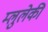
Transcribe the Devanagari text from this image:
म्लुलेकी